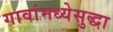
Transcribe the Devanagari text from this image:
गावांमध्येसुद्धा